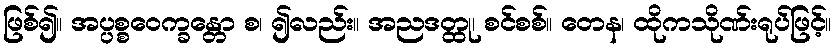
ဖြစ်၍။ အပ္ပစ္စဝေက္ခန္တော စ၊ ၍လည်း။ အညဒတ္ထု၊ စင်စစ်။ တေန၊ ထိုကသိုဏ်းရုပ်ဖြင့်။